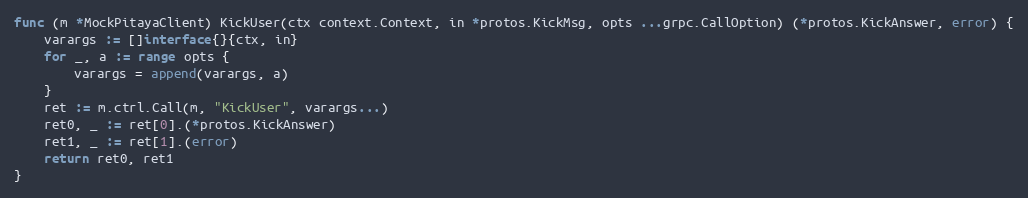
Language: Go
func (m *MockPitayaClient) KickUser(ctx context.Context, in *protos.KickMsg, opts ...grpc.CallOption) (*protos.KickAnswer, error) {
	varargs := []interface{}{ctx, in}
	for _, a := range opts {
		varargs = append(varargs, a)
	}
	ret := m.ctrl.Call(m, "KickUser", varargs...)
	ret0, _ := ret[0].(*protos.KickAnswer)
	ret1, _ := ret[1].(error)
	return ret0, ret1
}